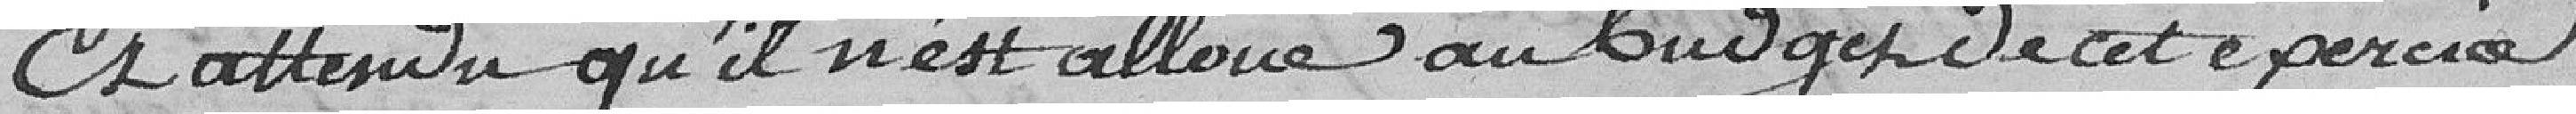
Et attendu qu'il n'est alloué au budget de cet exercice